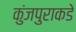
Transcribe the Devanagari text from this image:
कुंजपुराकडे